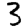
Digit: 3